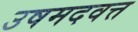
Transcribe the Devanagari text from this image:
उषमदवत्त